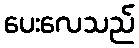
ပေးလေသည်